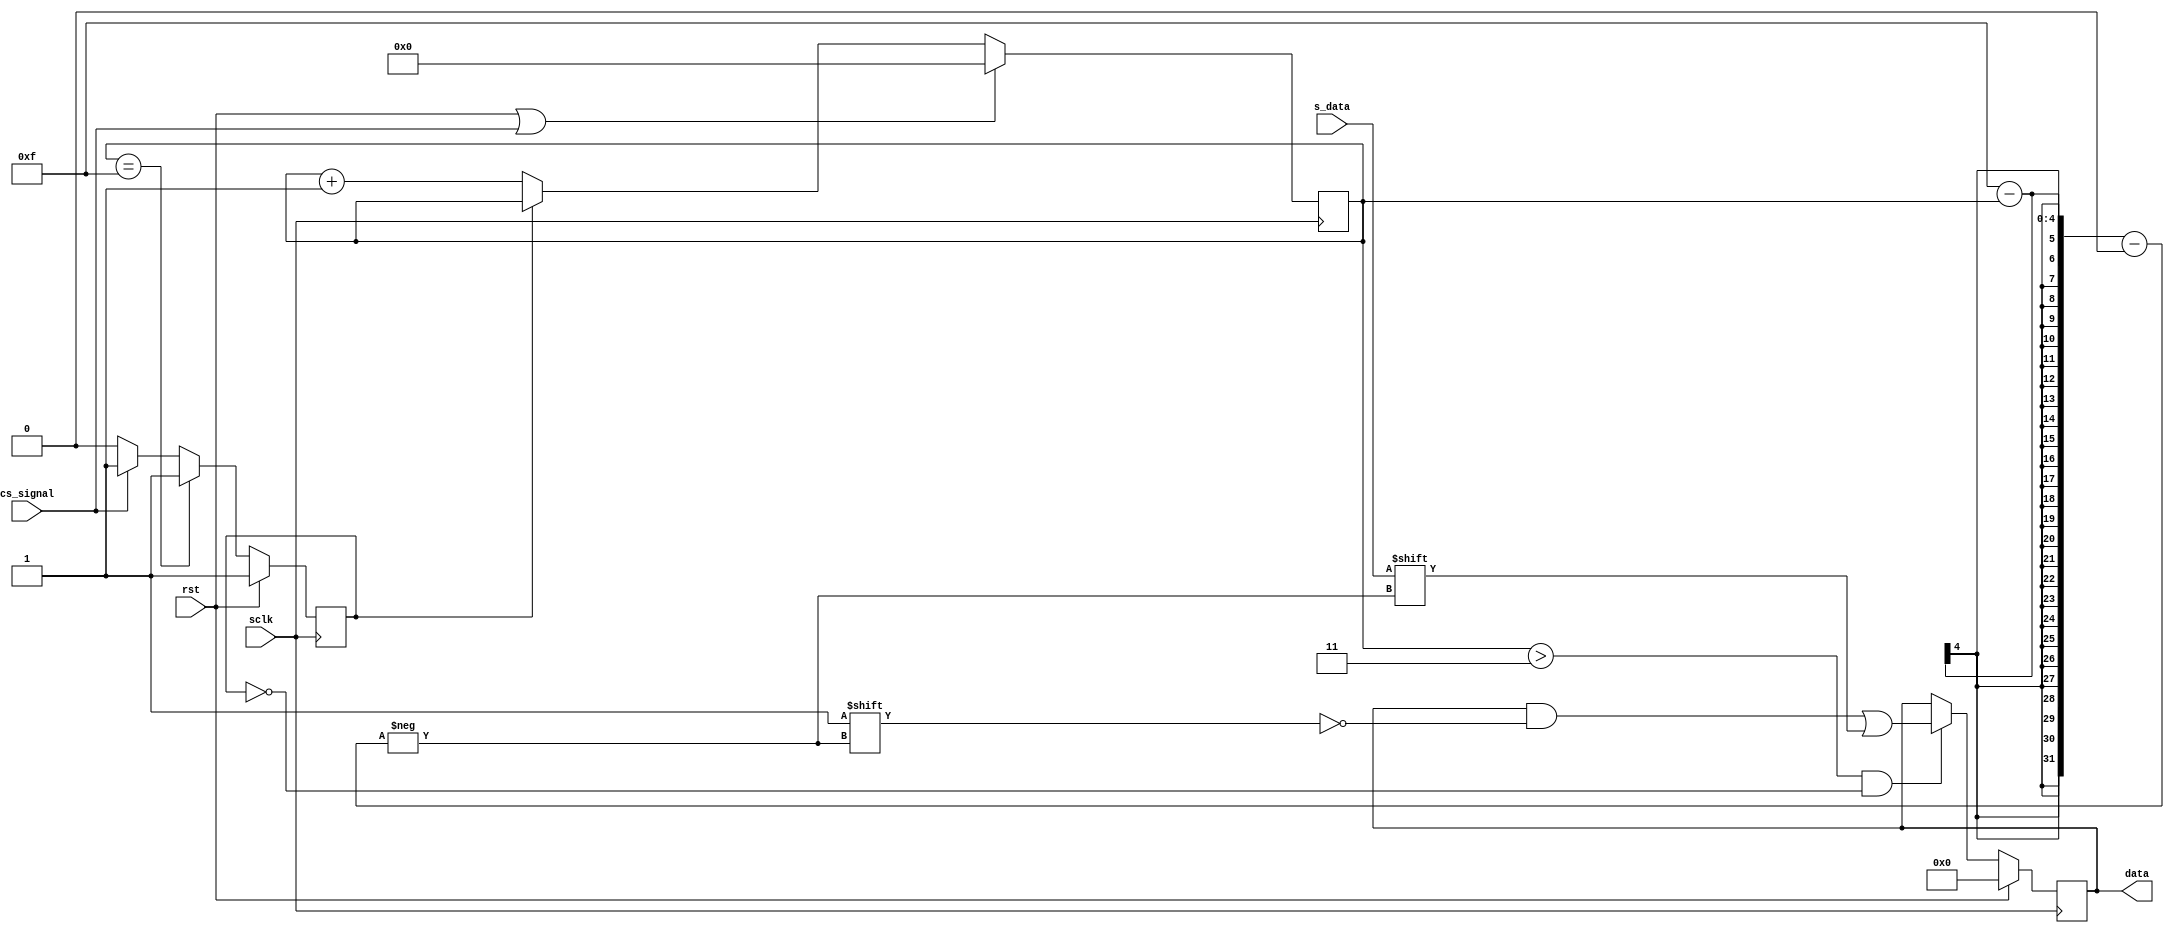
module ad_reader(
    input           sclk,
    input           rst,
    input           cs_signal,
    input           s_data,
    output reg [15:0] data
    );

    reg cs;
    reg [3:0] counter;      // count time
    // reg cs_pulse_1;
    // reg cs_pulse;

    // chip select signal, valid when it's low
    always @(posedge sclk) begin
        if (rst) begin
            cs <= 1'b1;
        end
        else begin
            if (~cs_signal)
                cs <= 1'b0;
            else
                cs <= 1'b1;
            
            if (counter == 4'b1111 ) 
                cs <= 1'b1;
            end
        end

    
    always @(negedge sclk) begin
        if (rst||cs_signal) begin
            counter <= 1'b0;
        end
        else if (~cs) begin
            counter <= counter + 1'b1;
            end
            else
                counter <= counter;
    end


    always @(posedge sclk) begin
        if (rst) begin
            data = 4'h0000;
        end
        else if (counter > 3 && ~cs) begin
            data[15 - counter] = s_data;
        end
    end
endmodule